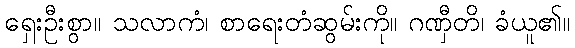
ရှေးဦးစွာ။ သလာကံ၊ စာရေးတံဆွမ်းကို။ ဂဏှီတိ၊ ခံယူ၏။